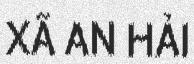
XÃ AN HẢI